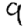
Digit: 9